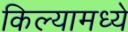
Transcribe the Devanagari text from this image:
किल्यामध्ये